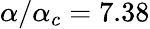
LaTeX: \alpha/\alpha_{c}=7.38